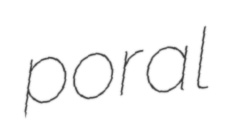
poral